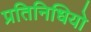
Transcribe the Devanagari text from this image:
प्रतिनिधियो